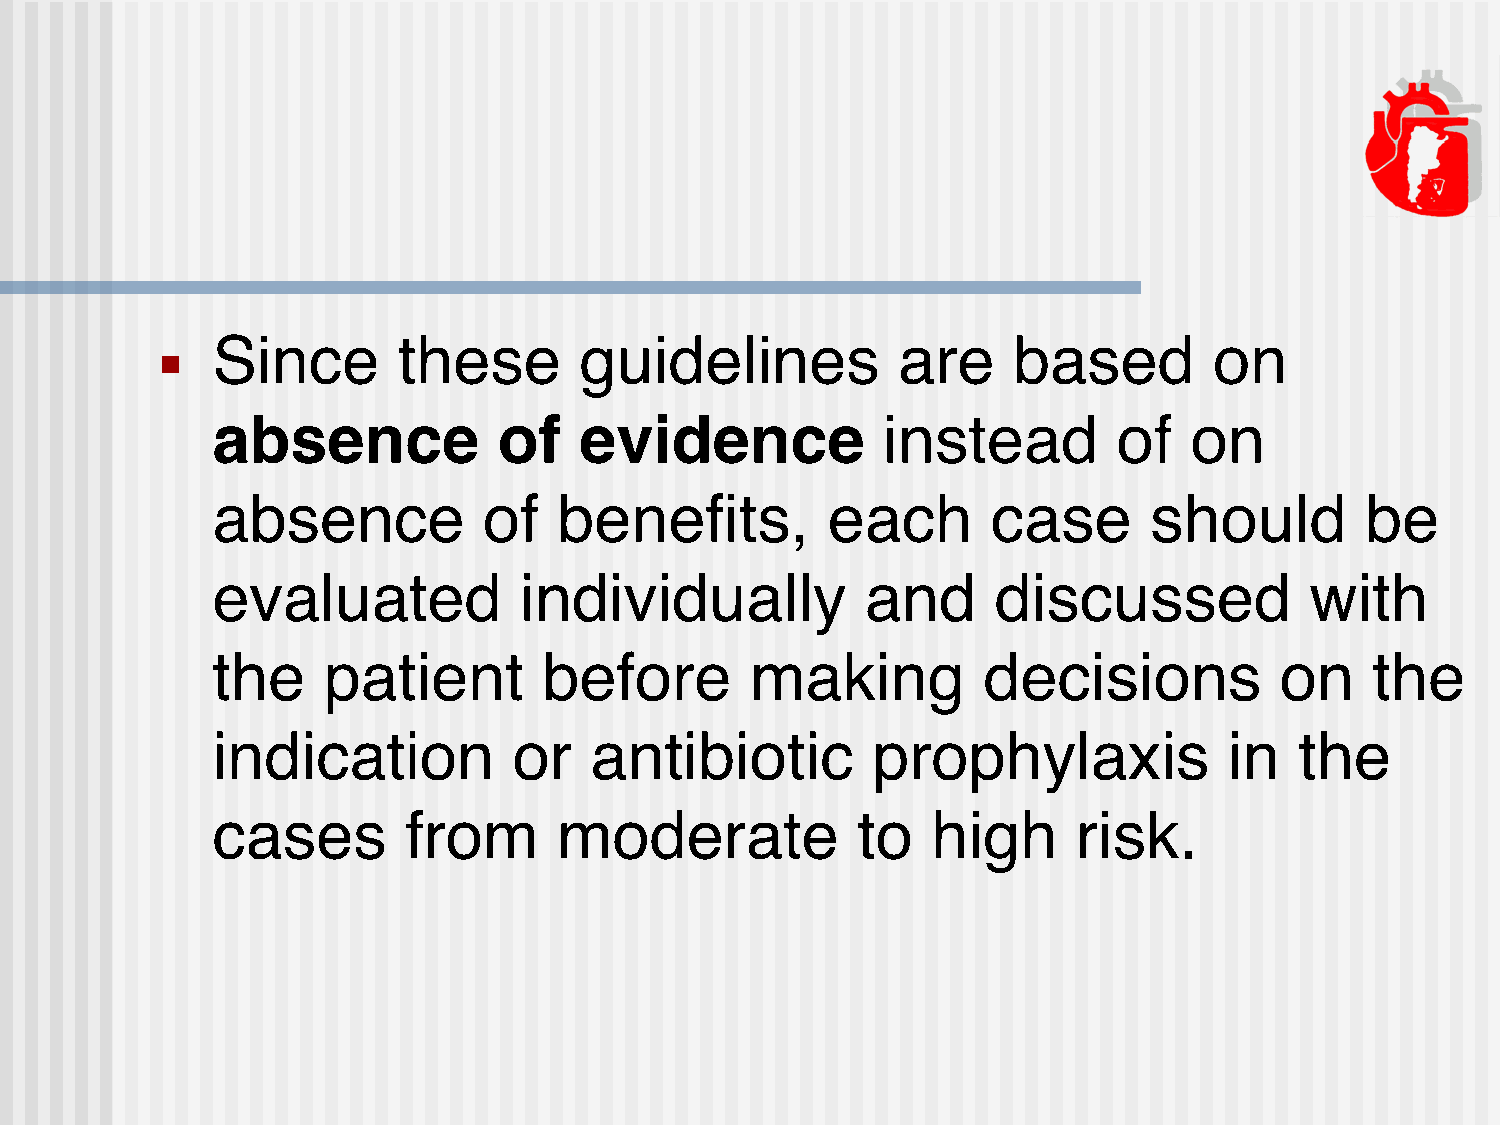
Since       these       guidelines           are     based        on
 ■
 absence            of   evidence            instead         of   on
 absence           of   benefits,         each       case      should        be
 evaluated           individually           and      discussed            with
 the    patient        before        making         decisions           on    the
 indication          or   antibiotic         prophylaxis            in   the
 cases        from      moderate            to   high     risk.